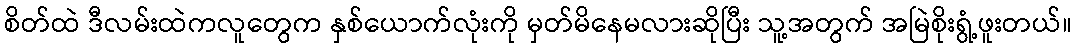
စိတ်ထဲ ဒီလမ်းထဲကလူတွေက နှစ်ယောက်လုံးကို မှတ်မိနေမလားဆိုပြီး သူ့အတွက် အမြဲစိုးရွံ့ဖူးတယ်။